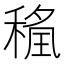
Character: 𮃖